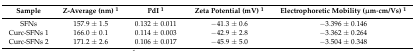
<table><thead><tr><td><b>Sample</b></td><td><b>Z-Average (nm) <sup>1</sup></b></td><td><b>PdI <sup>1</sup></b></td><td><b>Zeta Potential (mV) <sup>1</sup></b></td><td><b>Electrophoretic Mobility (μm·cm/Vs) <sup>1</sup></b></td></tr></thead><tbody><tr><td>SFNs</td><td>157.9 ± 1.5</td><td>0.132 ± 0.011</td><td>−41.3 ± 0.6</td><td>−3.396 ± 0.146</td></tr><tr><td>Curc-SFNs 1</td><td>166.0 ± 0.1</td><td>0.114 ± 0.003</td><td>−42.9 ± 2.8</td><td>−3.362 ± 0.264</td></tr><tr><td>Curc-SFNs 2</td><td>171.2 ± 2.6</td><td>0.106 ± 0.017</td><td>−45.9 ± 5.0</td><td>−3.504 ± 0.348</td></tr></tbody></table>